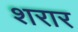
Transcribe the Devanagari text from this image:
शरार